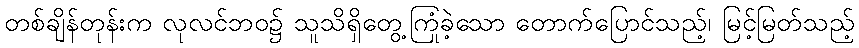
တစ်ချိန်တုန်းက လုလင်ဘဝ၌ သူသိရှိတွေ့ကြုံခဲ့သော တောက်ပြောင်သည့်၊ မြင့်မြတ်သည့်